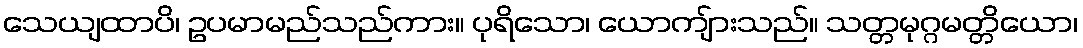
သေယျထာပိ၊ ဥပမာမည်သည်ကား။ ပုရိသော၊ ယောကျ်ားသည်။ သတ္တမုဂ္ဂမတ္တိယော၊